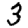
Digit: 3